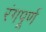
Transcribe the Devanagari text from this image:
रंगपूर्ण